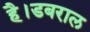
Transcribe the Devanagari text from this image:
है।डबराल